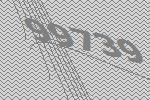
99739